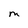
Character: M